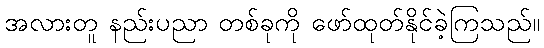
အလားတူ နည်းပညာ တစ်ခုကို ဖော်ထုတ်နိုင်ခဲ့ကြသည်။